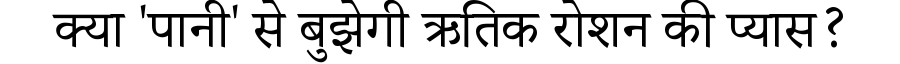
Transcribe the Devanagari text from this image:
क्या 'पानी' से बुझेगी ऋतिक रोशन की प्यास?